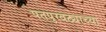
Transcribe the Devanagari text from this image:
पतपुरवठ्याच्या